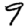
Digit: 9